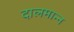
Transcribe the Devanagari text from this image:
दालमान्न